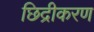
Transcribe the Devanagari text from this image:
छिद्रीकरण